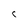
Character: C